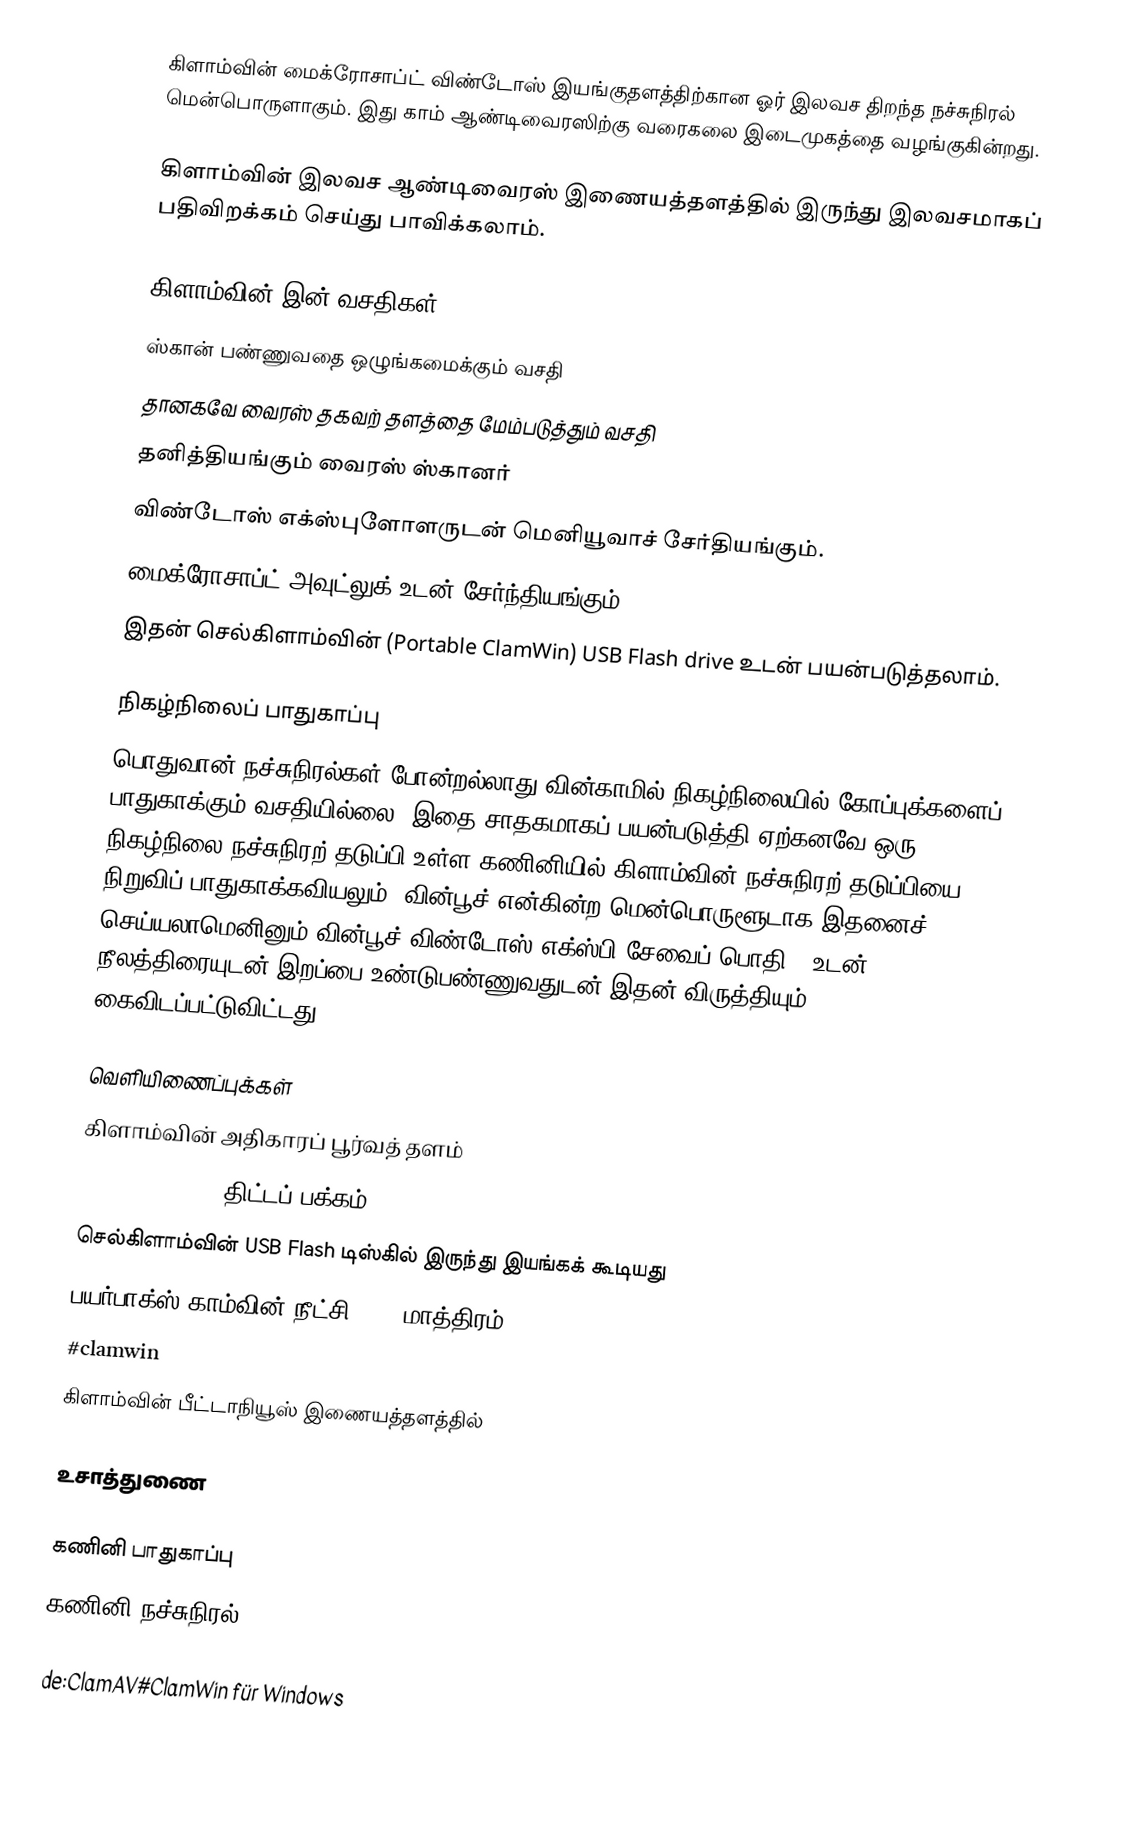
கிளாம்வின் மைக்ரோசாப்ட் விண்டோஸ் இயங்குதளத்திற்கான ஓர் இலவச திறந்த நச்சுநிரல் மென்பொருளாகும். இது காம் ஆண்டிவைரஸிற்கு வரைகலை இடைமுகத்தை வழங்குகின்றது.

கிளாம்வின் இலவச ஆண்டிவைரஸ் இணையத்தளத்தில் இருந்து இலவசமாகப் பதிவிறக்கம் செய்து பாவிக்கலாம்.

கிளாம்வின் இன் வசதிகள்
 ஸ்கான் பண்ணுவதை ஒழுங்கமைக்கும் வசதி
 தானகவே வைரஸ் தகவற் தளத்தை மேம்படுத்தும் வசதி
 தனித்தியங்கும் வைரஸ் ஸ்கானர்
 விண்டோஸ் எக்ஸ்புளோளருடன் மெனியூவாச் சேர்தியங்கும்.
 மைக்ரோசாப்ட் அவுட்லுக் உடன் சேர்ந்தியங்கும்.
 இதன் செல்கிளாம்வின் (Portable ClamWin) USB Flash drive உடன் பயன்படுத்தலாம்.

நிகழ்நிலைப் பாதுகாப்பு
பொதுவான் நச்சுநிரல்கள் போன்றல்லாது வின்காமில் நிகழ்நிலையில் கோப்புக்களைப் பாதுகாக்கும் வசதியில்லை. இதை சாதகமாகப் பயன்படுத்தி ஏற்கனவே ஒரு நிகழ்நிலை நச்சுநிரற் தடுப்பி உள்ள கணினியில் கிளாம்வின் நச்சுநிரற் தடுப்பியை நிறுவிப் பாதுகாக்கவியலும். வின்பூச் என்கின்ற மென்பொருளூடாக இதனைச் செய்யலாமெனினும் வின்பூச் விண்டோஸ் எக்ஸ்பி சேவைப் பொதி 3 உடன் நீலத்திரையுடன் இறப்பை உண்டுபண்ணுவதுடன் இதன் விருத்தியும் கைவிடப்பட்டுவிட்டது.

வெளியிணைப்புக்கள்
 கிளாம்வின் அதிகாரப் பூர்வத் தளம்
 SourceForge.net திட்டப் பக்கம்
 செல்கிளாம்வின்  USB Flash டிஸ்கில் இருந்து இயங்கக் கூடியது
 பயர்பாக்ஸ் காம்வின் நீட்சி (1.5 மாத்திரம்)]
 #clamwin
 கிளாம்வின் பீட்டாநியூஸ் இணையத்தளத்தில்

உசாத்துணை

கணினி பாதுகாப்பு
கணினி நச்சுநிரல்

de:ClamAV#ClamWin für Windows